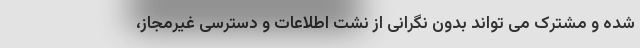
شده و مشترک می تواند بدون نگرانی از نشت اطلاعات و دسترسی غیرمجاز،